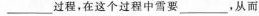
___过程，在这个过程中雪要___，从而